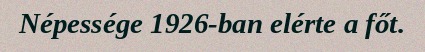
Népessége 1926-ban elérte a főt.